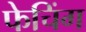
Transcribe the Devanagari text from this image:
फेचिंग